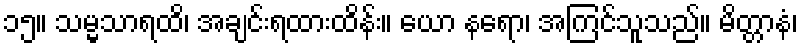
၁၅။ သမ္မသာရထိ၊ အချင်းရထားထိန်း။ ယော နရော၊ အကြင်သူသည်။ မိတ္တာနံ၊